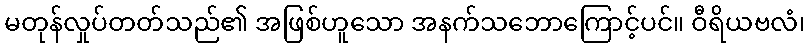
မတုန်လှုပ်တတ်သည်၏ အဖြစ်ဟူသော အနက်သဘောကြောင့်ပင်။ ဝီရိယဗလံ၊